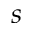
\boldsymbol { s }